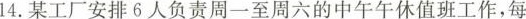
14.某工厂安排6人负责周一至周六的中午午休值班工作，每